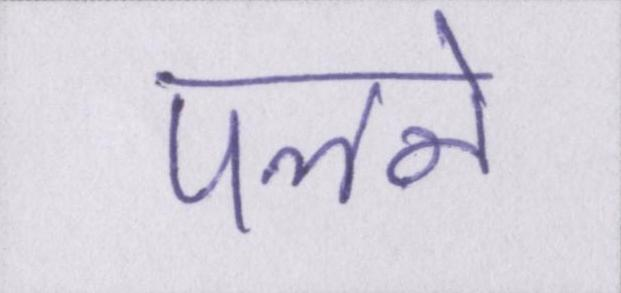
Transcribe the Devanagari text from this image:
पलने